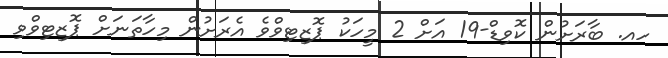
ހއ. ބާރަށުން ކޮވިޑް-19 އަށް 2 މީހަކު ޕޮޒިޓިވްވެ އެރަށުން މިހާތަނަށް ޕޮޒިޓިވްވި